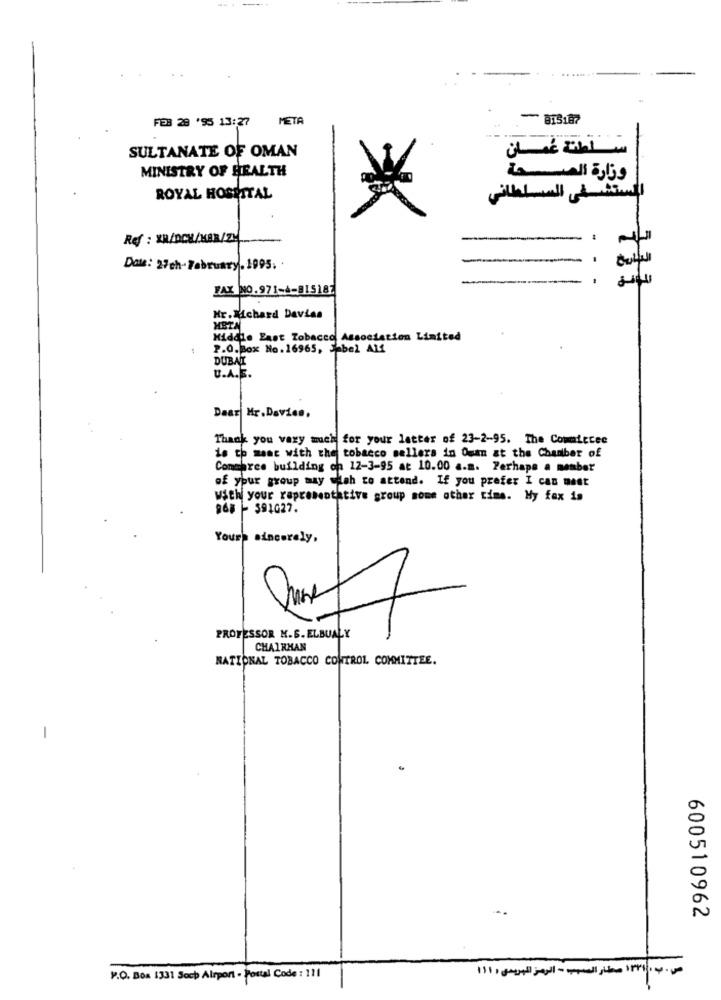
FEB 28 '95 13:27
META
815187
SULTANATE OF OMAN
سلطنة عُمان
MINISTRY OF HEALTH
وزارة الصحة
ROYAL HOSPITAL
المستشفى السسلطاني
Ref : XR/DCM/KBR/ZH
Date: 27ch-February. 1995. .
FAX NO.971-4-815187
Mr. Richard Devias
META
Middle East Tobacco Association Limited
P.O.Box No.16965, Enbel All
DUBAI
U.A.E.
Daar Mr. Davies,
Thank you very much for your letter of 23-2-95. The Committee
is to ment with the tobacco sellers in Oum at the Chamber of
Conagree building on 12-3-95 at 10.00 a.m. Perhaps a member
of your group may silah to attend. If you prefer I can mest
With your representative group some other time. My fax is
D&# - $91627.
Yours sincerely,
PROFESSOR M.S. ELBUALY
CHAIRMAN
NATIONAL TOBACCO CONTROL COMMITTEE.
-
600510962
P.O. Box 1331 Soch Airport - Postal Code : 111